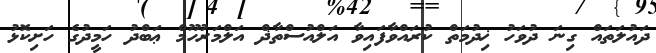
ދައުލަތައް ގިނަ ދުވަހު ޚިދުމަތް ކުރައްވާފައިވާ އަލްއުސްތާޛް އަލްމަރުހޫމް ޢަބްދު ހަމީދުގެ ހަށިކޮޅު